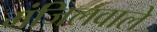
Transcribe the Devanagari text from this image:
मंजिलवाले